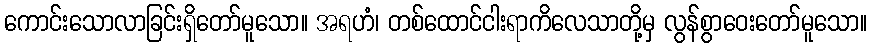
ကောင်းသောလာခြင်းရှိတော်မူသော။ အရဟံ၊ တစ်ထောင်ငါးရာကိလေသာတို့မှ လွန်စွာဝေးတော်မူသော။